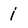
Character: i